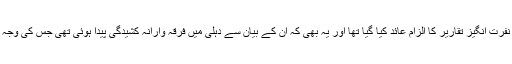
وارث پٹھان پر بھی درخواست میں نفرت انگیز تقاریر کا الزام عائد کیا گیا تھا اور یہ بھی کہ ان کے بیان سے دہلی میں فرقہ وارانہ کشیدگی پیدا ہوئی تھی جس کی وجہ سے متعدد افراد ہلاک ہوگئے تھے۔